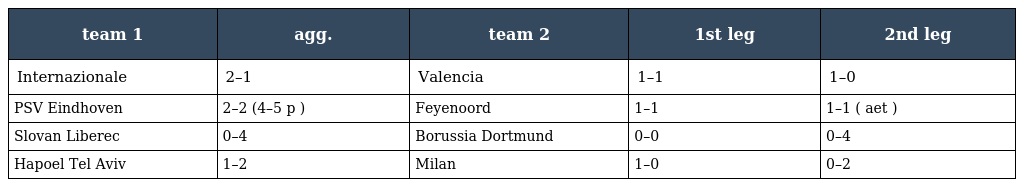
| team 1 | agg. | team 2 | 1st leg | 2nd leg |
 | --- | --- | --- | --- | --- |
 | Internazionale | 2–1 | Valencia | 1–1 | 1–0 |
 | PSV Eindhoven | 2–2 (4–5 p ) | Feyenoord | 1–1 | 1–1 ( aet ) |
 | Slovan Liberec | 0–4 | Borussia Dortmund | 0–0 | 0–4 |
 | Hapoel Tel Aviv | 1–2 | Milan | 1–0 | 0–2 |